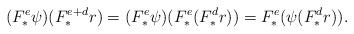
LaTeX: \begin{align*}(F_*^e\psi)(F_*^{e+d} r) = (F_*^e \psi)(F_*^e(F_*^d r)) = F_*^e(\psi(F_*^d r)).\end{align*}